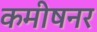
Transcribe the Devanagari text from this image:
कमीषनर